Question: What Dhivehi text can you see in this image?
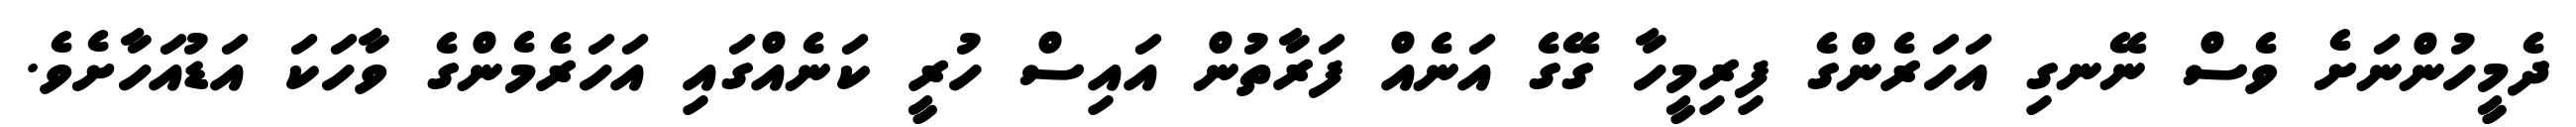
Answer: ދެމީހުންނަށެ ވެސް ނޭނގި އަހަރެންގެ ފިރިމީހާ ގޭގެ އަނެއް ފަރާތުން އައިސް ހުރީ ކަނެއްގައި އަހަރެމެންގެ ވާހަކަ އަޑުއަހާށެވެ.